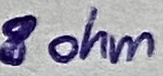
Text: 8 ohm